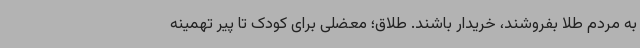
به مردم طلا بفروشند، خریدار باشند. طلاق؛ معضلی برای کودک تا پیر تهمینه